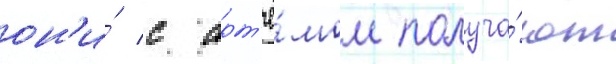
он'и́ с арт'ё́мом получа́ют